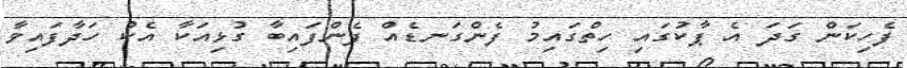
ފެހިކަން ގަދަ އެ ޕާކުގައި ހިތްގައިމު ފެންގަނޑެއް ފެންފައިބާ ގުޅިއަކާ އެކު ހަދާފައިވާ